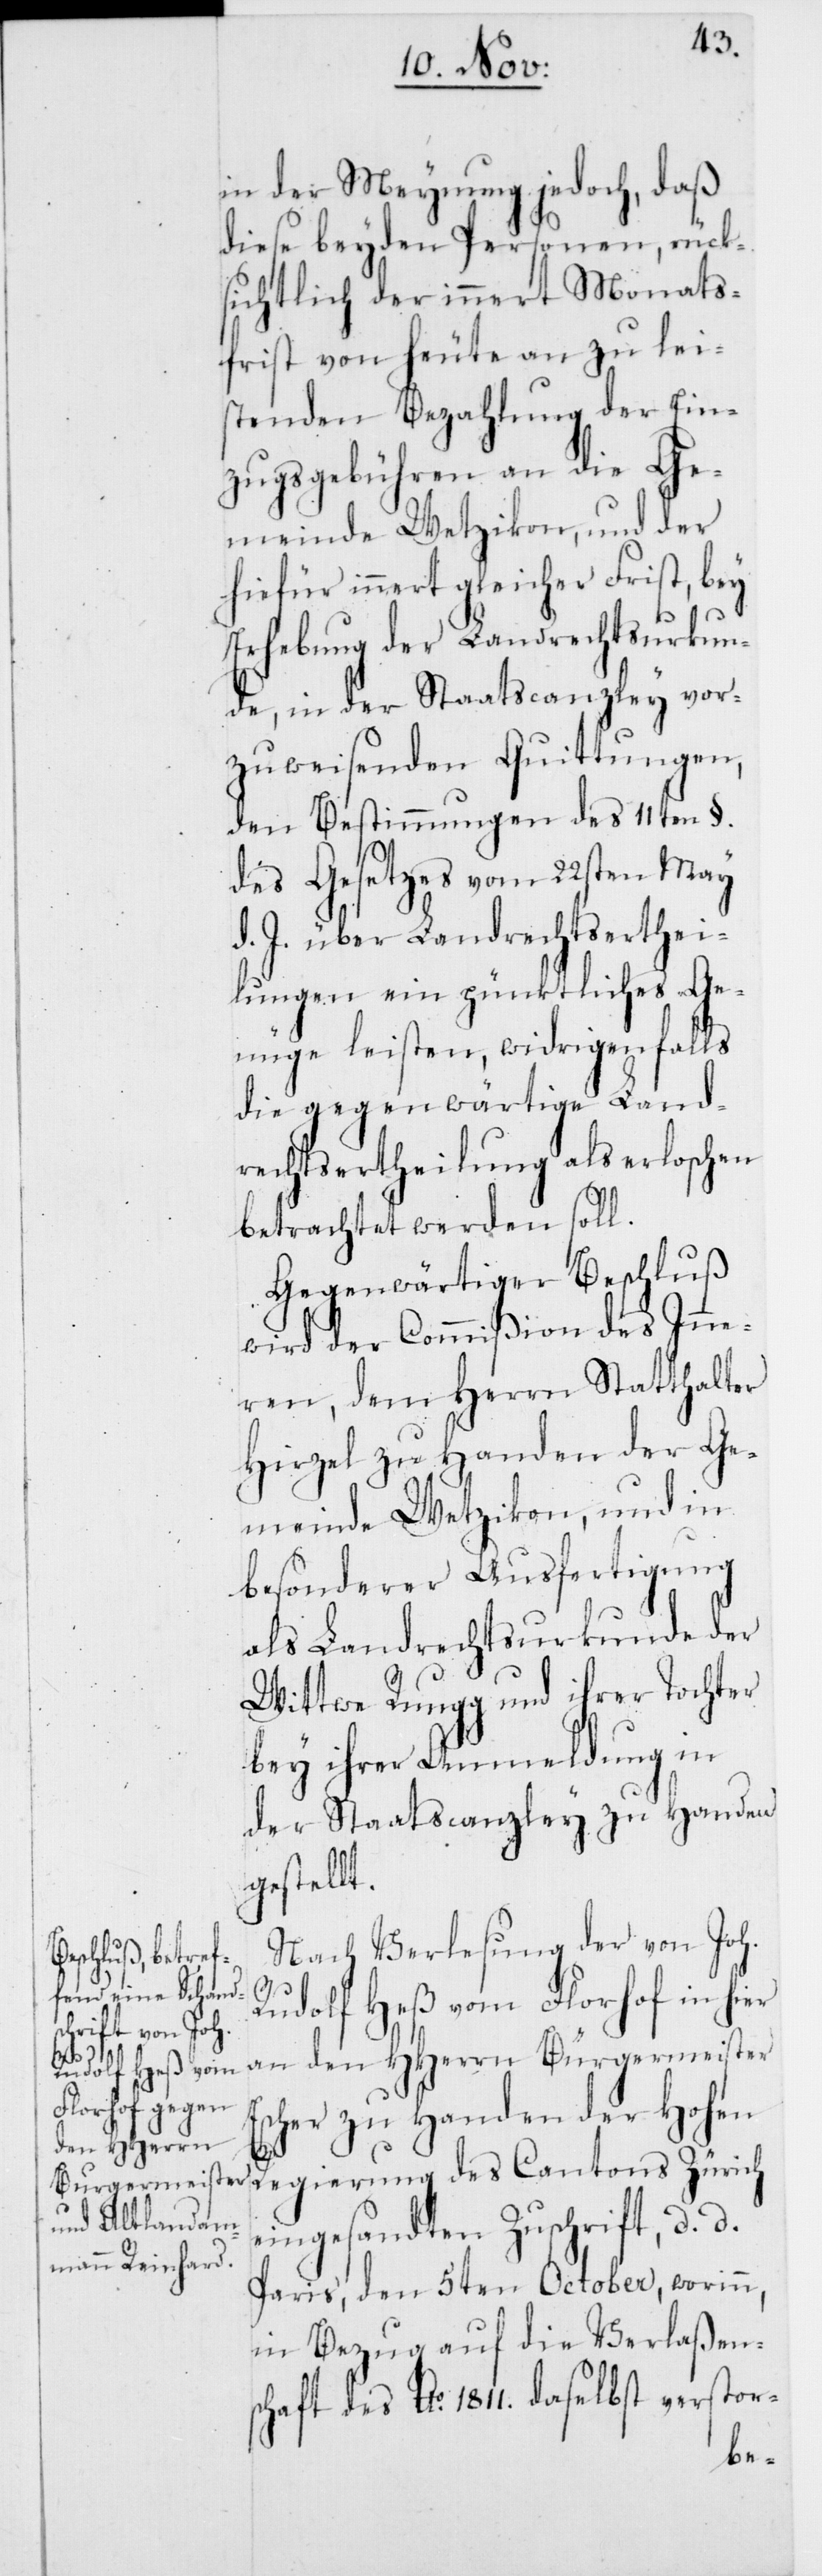
E¬

in der Meynung jedoch, daß
diese beyden Personen, rück¬
sichtlich der innert Monats¬
frist von heute an zu lei¬
stenden Bezahlung der Ein¬
zugsgebühren an die Ge¬
meinde Wetzikon, und der
hiefür innert gleicher Frist, bey
Erhebung der Landrechtsurkun¬
de, in der Staatscanzley vor¬
zuweisenden Quittungen,
den Bestimmungen des 11ten §.
des Gesetzes vom 22sten May
d. J. über Landrechtserthei¬
lungen ein pünktliches Ge¬
nüge leisten, widrigenfalls
die gegenwärtige Land¬
rechtsertheilung als erloschen
betrachtet werden soll.
Gegenwärtiger Beschluß
wird der Commißion des Inne¬
ren, dem Herrn Statthalter
Hirzel zu Handen der Ge¬
meinde Wetzikon, und in
besonderer Ausfertigung
als Landrechtsurkunde der
Wittwe Rungg und ihrer Tochter
bey ihrer Anmeldung in
der Staatscanzley zu Handen
gestellt.
Nach Verlesung der von Joh.
Rudolf Heß vom Florhof in hier
an den HHerrn Bürgermeister
scher zu Handen der Hohen
Regierung des Cantons Zürich
eingesandten Zuschrift, d. d.
Paris, den 5ten October, worinn,
in Bezug auf die Verlaßen¬
schaft des Ao 1811. daselbst verstor-